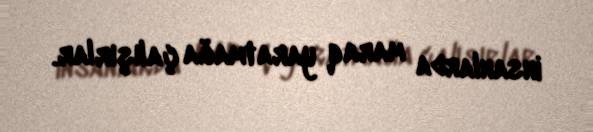
insanlarda maraq yaratmağa çalışırlar.